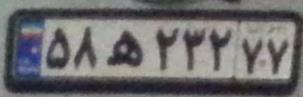
۵۸ه۲۳۲۷۷